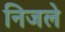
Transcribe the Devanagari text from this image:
निजले